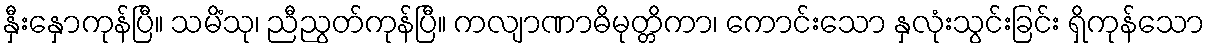
နှီးနှောကုန်ပြီ။ သမိံသု၊ ညီညွတ်ကုန်ပြီ။ ကလျာဏာဓိမုတ္တိကာ၊ ကောင်းသော နှလုံးသွင်းခြင်း ရှိကုန်သော